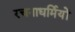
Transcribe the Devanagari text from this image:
रचनाधर्मियों